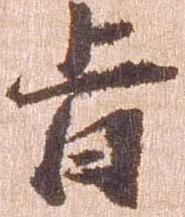
旨